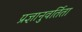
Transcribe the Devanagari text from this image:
प्रज्ञानुवर्तिता